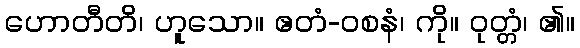
ဟောတီတိ၊ ဟူသော။ ဧတံ-ဝစနံ၊ ကို။ ဝုတ္တံ၊ ၏။